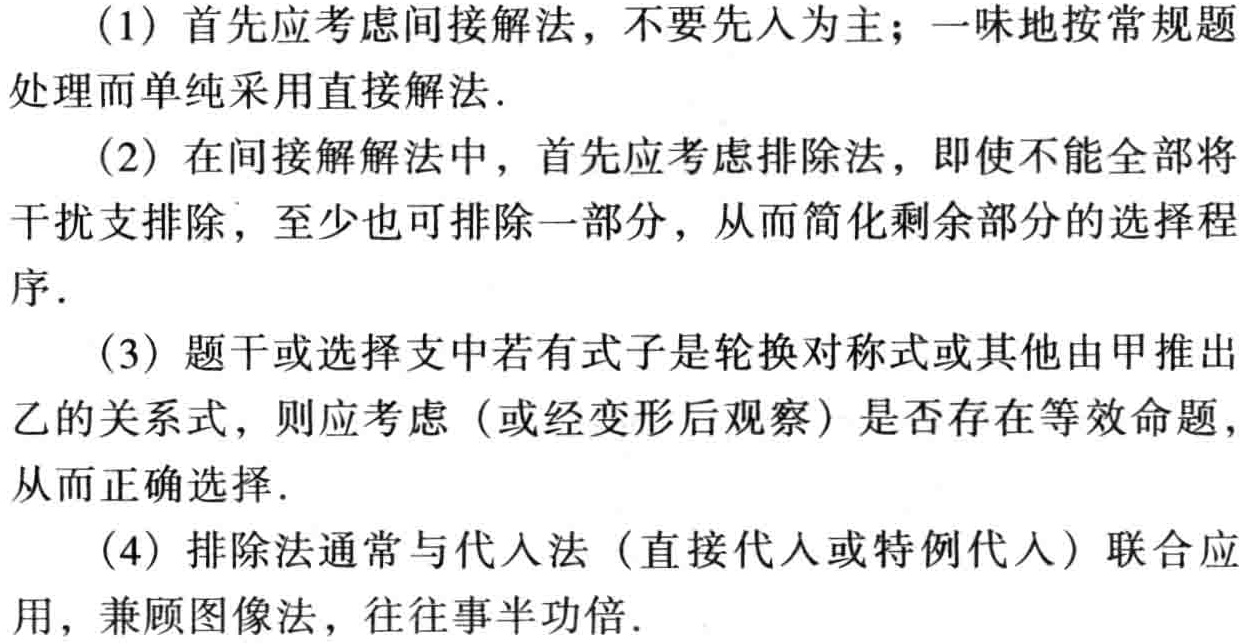
(1) 首先应考虑间接解法，不要先入为主；一味地按常规题处理而单纯采用直接解法.
(2) 在间接解解法中，首先应考虑排除法，即使不能全部将干扰支排除，至少也可排除一部分，从而简化剩余部分的选择程序.
(3) 题干或选择支中若有式子是轮换对称式或其他由甲推出乙的关系式，则应考虑（或经变形后观察）是否存在等效命题，从而正确选择.
(4) 排除法通常与代入法（直接代入或特例代入）联合应用，兼顾图像法，往往事半功倍.